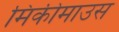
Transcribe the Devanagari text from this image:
मिकीमाउस